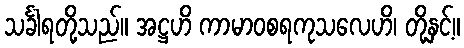
သင်္ခါရတို့သည်။ အဋ္ဌဟိ ကာမာဝစရကုသလေဟိ၊ တို့နှင့်။